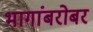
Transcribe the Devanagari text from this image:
भागांबरोबर